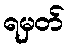
ရမှတ်